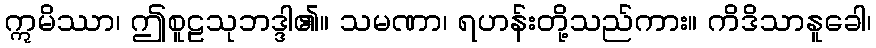
ဣမိဿာ၊ ဤစူဠသုဘဒ္ဒါ၏။ သမဏာ၊ ရဟန်းတို့သည်ကား။ ကိဒိသာနူခေါ၊